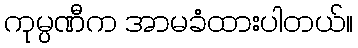
ကုမ္ပဏီက အာမခံထားပါတယ်။